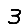
Digit: 3